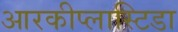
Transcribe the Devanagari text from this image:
आरकीप्लास्टिडा